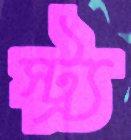
স্ট্র্য